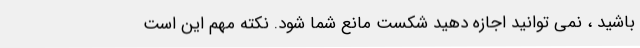
باشید ، نمی توانید اجازه دهید شکست مانع شما شود. نکته مهم این است